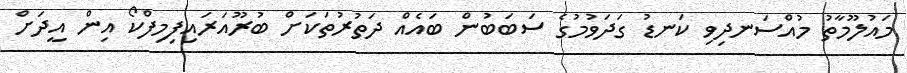
މައުލޫމާތު މުއްސަނދިވި ކަނޑު ގަދަވުމުގެ ސަބަބުން ބައެއް ދަތުރުތަކަށް ބުރޫއަރައިފިމިފްކޯ އިން އީދަށް